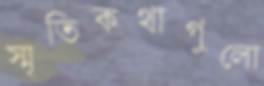
স্মৃতিকথাগুলো